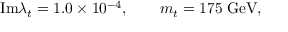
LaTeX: \mathrm { I m } \lambda _ { t } = 1 . 0 \times 1 0 ^ { - 4 } , \qquad m _ { t } = 1 7 5 \; \mathrm { G e V } ,